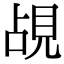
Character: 覘